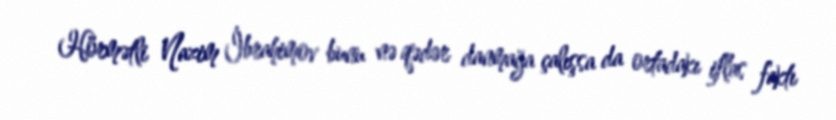
Hörmətli Nazim İbrahimov bunu nə qədər danmağa çalışsa da ortadakı iflas faktı